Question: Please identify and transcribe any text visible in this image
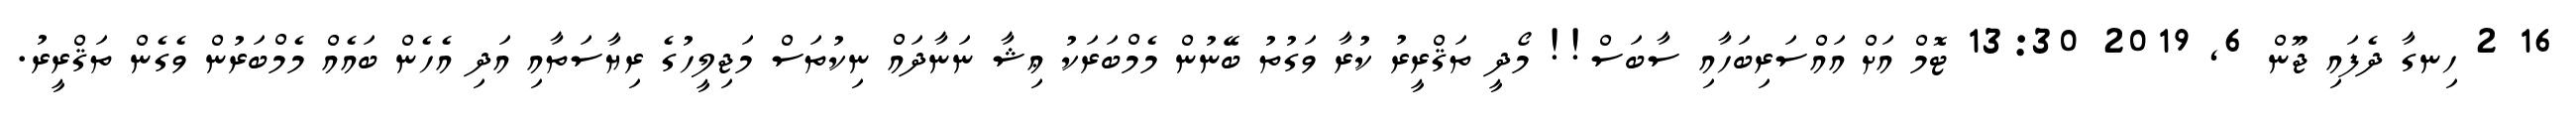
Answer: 16 2 ހިނގާ ދެފައި ޖޫން 6, 2019 13:30 ޓޮމް އަށް އައްސަރިބަހާއި ސާބަސް!! މޯދީ ތަޤްރީރު ކުރާ ވަގުތު ބޭނުން މެމްބަރަކު ޢިޝާ ނަނާދައް ނިކުތަސް މަޖިލީހުގެ ރިޔާސަތާއި އަދި އެހެން ބައެއް މެމްބަރުން ވެގެން ތަޤްރީރު.